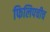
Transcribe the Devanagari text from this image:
फिलिपचीच